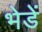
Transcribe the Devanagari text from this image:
भेडें